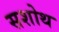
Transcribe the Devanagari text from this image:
सशोथ